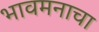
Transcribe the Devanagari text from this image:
भावमनाचा